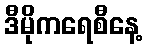
ဒီမိုကရေစီနေ့